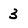
Character: 3